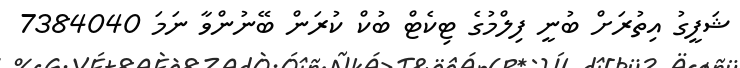
ޝަފީގު އިތުރަށް ބުނީ ފިލްމުގެ ޓިކެޓް ބުކް ކުރަން ބޭނުންވާ ނަމަ 7384040